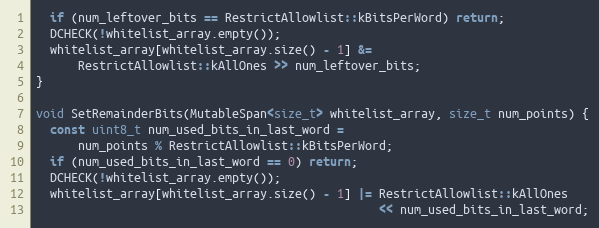
Language: C++
  if (num_leftover_bits == RestrictAllowlist::kBitsPerWord) return;
  DCHECK(!whitelist_array.empty());
  whitelist_array[whitelist_array.size() - 1] &=
      RestrictAllowlist::kAllOnes >> num_leftover_bits;
}

void SetRemainderBits(MutableSpan<size_t> whitelist_array, size_t num_points) {
  const uint8_t num_used_bits_in_last_word =
      num_points % RestrictAllowlist::kBitsPerWord;
  if (num_used_bits_in_last_word == 0) return;
  DCHECK(!whitelist_array.empty());
  whitelist_array[whitelist_array.size() - 1] |= RestrictAllowlist::kAllOnes
                                                 << num_used_bits_in_last_word;